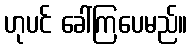
ဟုပင် ခေါ်ကြပေမည်။